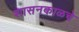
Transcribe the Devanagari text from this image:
शासनकाळचे